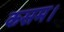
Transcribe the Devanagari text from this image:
कसम।